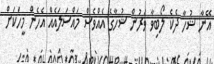
އޭނާ ޝުހާ ދެކެ ލޯބިވާ ވަރުން ޝުހާގެ އެއްވެސް މައްސަލައެއް އެހެން މީހަކަށް